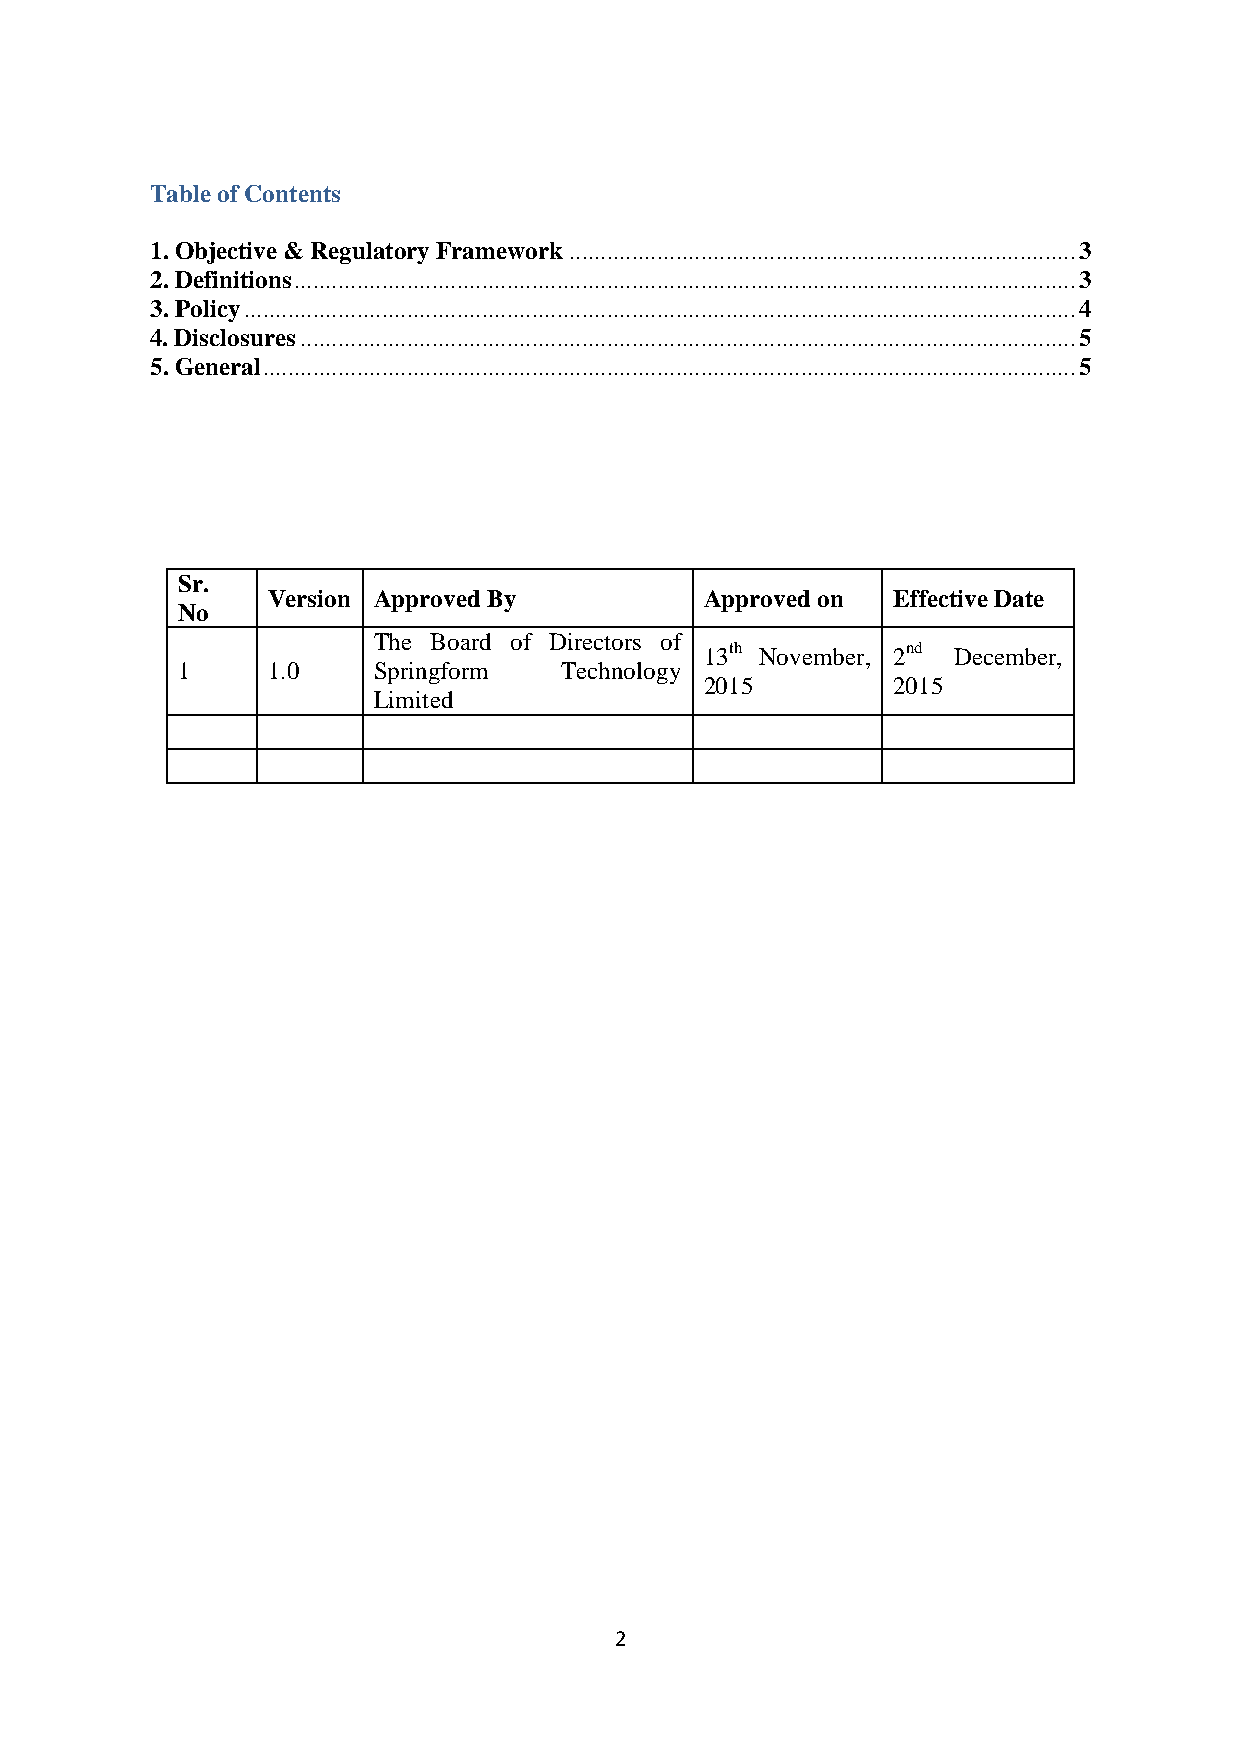
Table of Contents
 1. Objective & Regulatory Framework ................................................................................. 3
 2. Definitions ............................................................................................................................. 3
 3. Policy ..................................................................................................................................... 4
 4. Disclosures ............................................................................................................................ 5
 5. General .................................................................................................................................. 5
 Sr.
 Version Approved By          Approved on Effective Date
 No
 The Board of Directors of
 13th November, 2nd December,
 1     1.0    Springform  Technology
 2015        2015
 Limited
 2